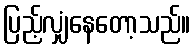
ပြည့်လျှံနေတော့သည်။